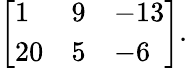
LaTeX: {\left[\begin{array}{lll}{1}&{9}&{-13}\\ {20}&{5}&{-6}\end{array}\right]}.